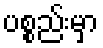
ပစ္စည်းမှာ